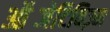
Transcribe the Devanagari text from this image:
ऑब्जेटिविज़्म